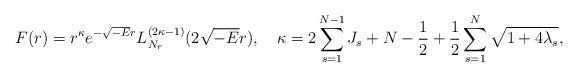
LaTeX: \begin{align*} \begin{aligned} &F(r)=r^{\kappa}e^{-\sqrt{-E}r}L^{(2\kappa-1)}_{N_r}(2\sqrt{-E}r),~~~\kappa=2\sum_{s=1}^{N-1}J_s+N-\frac{1}{2}+\frac{1}{2}\sum_{s=1}^{N}\sqrt{1+4\lambda_s},\\ \end{aligned}\end{align*}